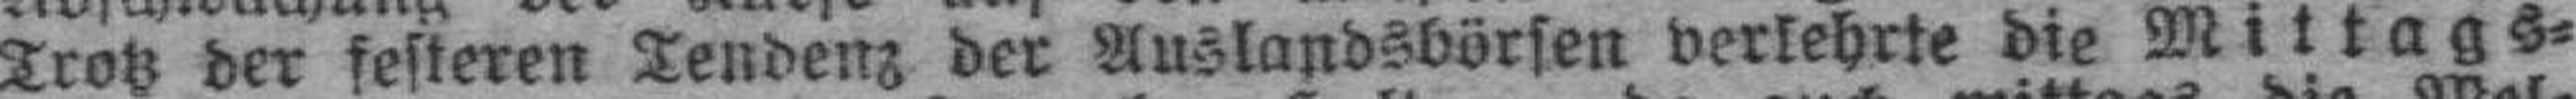
Trotz der festeren Tendenz der Auslandsbörsen verkehrte die Mittags¬